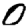
Digit: 0